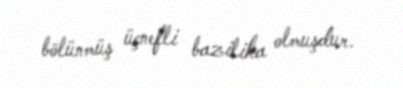
bölünmüş üçnefli bazilika olmuşdur.